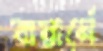
বায়ার্নে